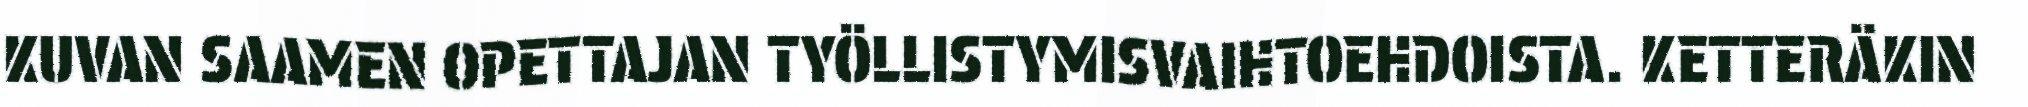
KUVAN SAAMEN OPETTAJAN TYÖLLISTYMISVAIHTOEHDOISTA. KETTERÄKIN